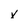
Character: x